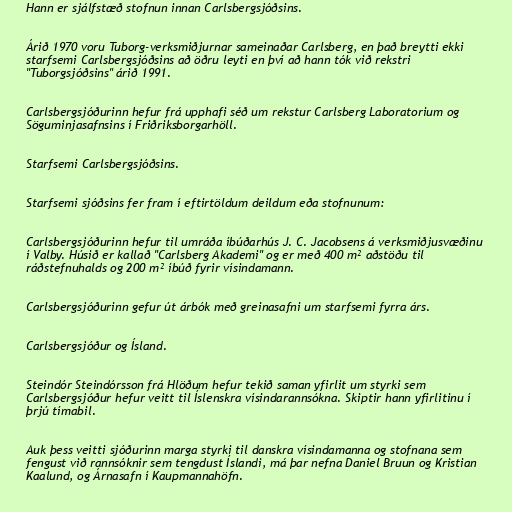
Hann er sjálfstæð stofnun innan Carlsbergsjóðsins.

Árið 1970 voru Tuborg-verksmiðjurnar sameinaðar Carlsberg, en það breytti ekki
starfsemi Carlsbergsjóðsins að öðru leyti en því að hann tók við rekstri
"Tuborgsjóðsins" árið 1991.

Carlsbergsjóðurinn hefur frá upphafi séð um rekstur Carlsberg Laboratorium og
Söguminjasafnsins í Friðriksborgarhöll.

Starfsemi Carlsbergsjóðsins.

Starfsemi sjóðsins fer fram í eftirtöldum deildum eða stofnunum:

Carlsbergsjóðurinn hefur til umráða íbúðarhús J. C. Jacobsens á verksmiðjusvæðinu
í Valby. Húsið er kallað "Carlsberg Akademi" og er með 400 m² aðstöðu til
ráðstefnuhalds og 200 m² íbúð fyrir vísindamann.

Carlsbergsjóðurinn gefur út árbók með greinasafni um starfsemi fyrra árs.

Carlsbergsjóður og Ísland.

Steindór Steindórsson frá Hlöðum hefur tekið saman yfirlit um styrki sem
Carlsbergsjóður hefur veitt til Íslenskra vísindarannsókna. Skiptir hann yfirlitinu í
þrjú tímabil.

Auk þess veitti sjóðurinn marga styrki til danskra vísindamanna og stofnana sem
fengust við rannsóknir sem tengdust Íslandi, má þar nefna Daniel Bruun og Kristian
Kaalund, og Árnasafn í Kaupmannahöfn.